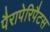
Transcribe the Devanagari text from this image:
पैरापेरिपैटस